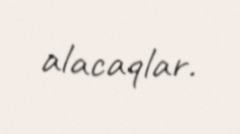
alacaqlar.